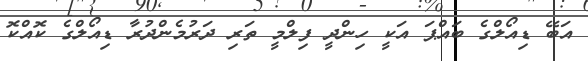
އަބޭ ޑިއޯލްގެ ބައްޕަ އަކީ ހިންދީ ފިލްމީ ތަރި ދަރުމެންދުރާ ޑިއޯލްގެ ކޮއްކޮ